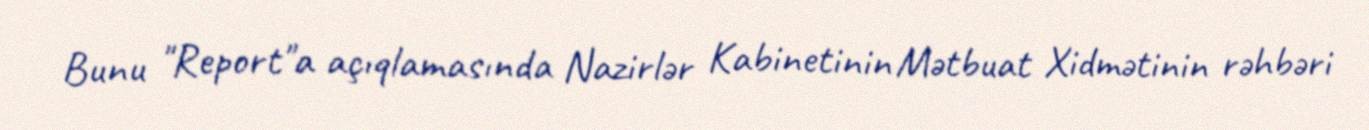
Bunu "Report"a açıqlamasında Nazirlər Kabinetinin Mətbuat Xidmətinin rəhbəri